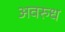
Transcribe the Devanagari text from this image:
अवरुध